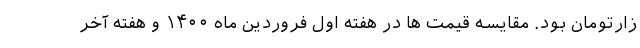
زارتومان بود. مقایسه قیمت ها در هفته اول فروردین ماه ۱۴۰۰ و هفته آخر